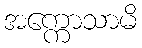
အက္ကောသာမိ